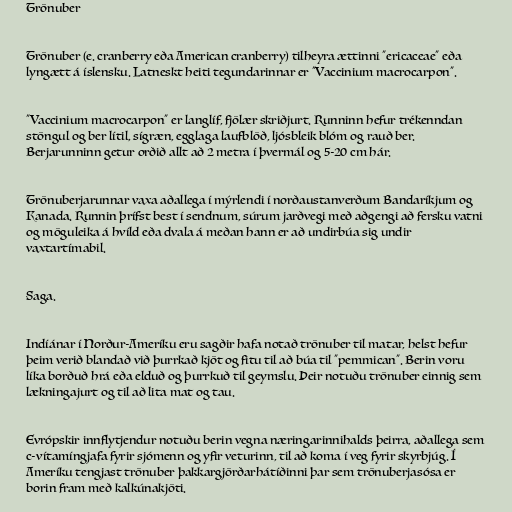
Trönuber

Trönuber (e. cranberry eða American cranberry) tilheyra ættinni "ericaceae" eða
lyngætt á íslensku. Latneskt heiti tegundarinnar er "Vaccinium macrocarpon".

"Vaccinium macrocarpon" er langlíf, fjölær skriðjurt. Runninn hefur trékenndan
stöngul og ber lítil, sígræn, egglaga laufblöð, ljósbleik blóm og rauð ber.
Berjarunninn getur orðið allt að 2 metra í þvermál og 5-20 cm hár.

Trönuberjarunnar vaxa aðallega í mýrlendi í norðaustanverðum Bandaríkjum og
Kanada. Runnin þrífst best í sendnum, súrum jarðvegi með aðgengi að fersku vatni
og möguleika á hvíld eða dvala á meðan hann er að undirbúa sig undir
vaxtartímabil.

Saga.

Indíánar í Norður-Ameríku eru sagðir hafa notað trönuber til matar, helst hefur
þeim verið blandað við þurrkað kjöt og fitu til að búa til "pemmican". Berin voru
líka borðuð hrá eða elduð og þurrkuð til geymslu. Þeir notuðu trönuber einnig sem
lækningajurt og til að lita mat og tau.

Evrópskir innflytjendur notuðu berin vegna næringarinnihalds þeirra, aðallega sem
c-vítamíngjafa fyrir sjómenn og yfir veturinn, til að koma í veg fyrir skyrbjúg. Í
Ameríku tengjast trönuber þakkargjörðarhátíðinni þar sem trönuberjasósa er
borin fram með kalkúnakjöti.